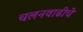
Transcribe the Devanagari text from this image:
चलनवाढीचे